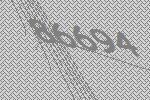
86694